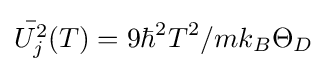
{\bar {U_{j}^{2}}}(T)=9\hbar ^{2}T^{2}/mk_{B}\Theta _{D}